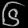
Digit: ၆